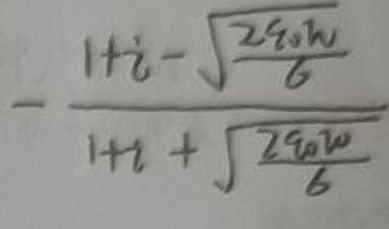
\[-\frac{1 + i-\sqrt{\frac{2q_0w}{6}}}{1 + i+\sqrt{\frac{2q_0w}{6}}}\]